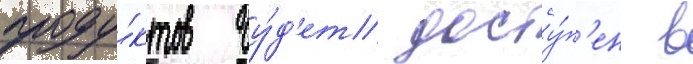
проду́ктов бу́д'ет досту́п'ен в